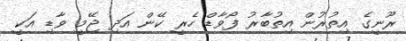
ރޫނީގެ އިތުރުން އިތުބާރު ފޯވާޑް ހެރީ ކޭން އަދި ޖޭމީ ވާޑި އަކީ